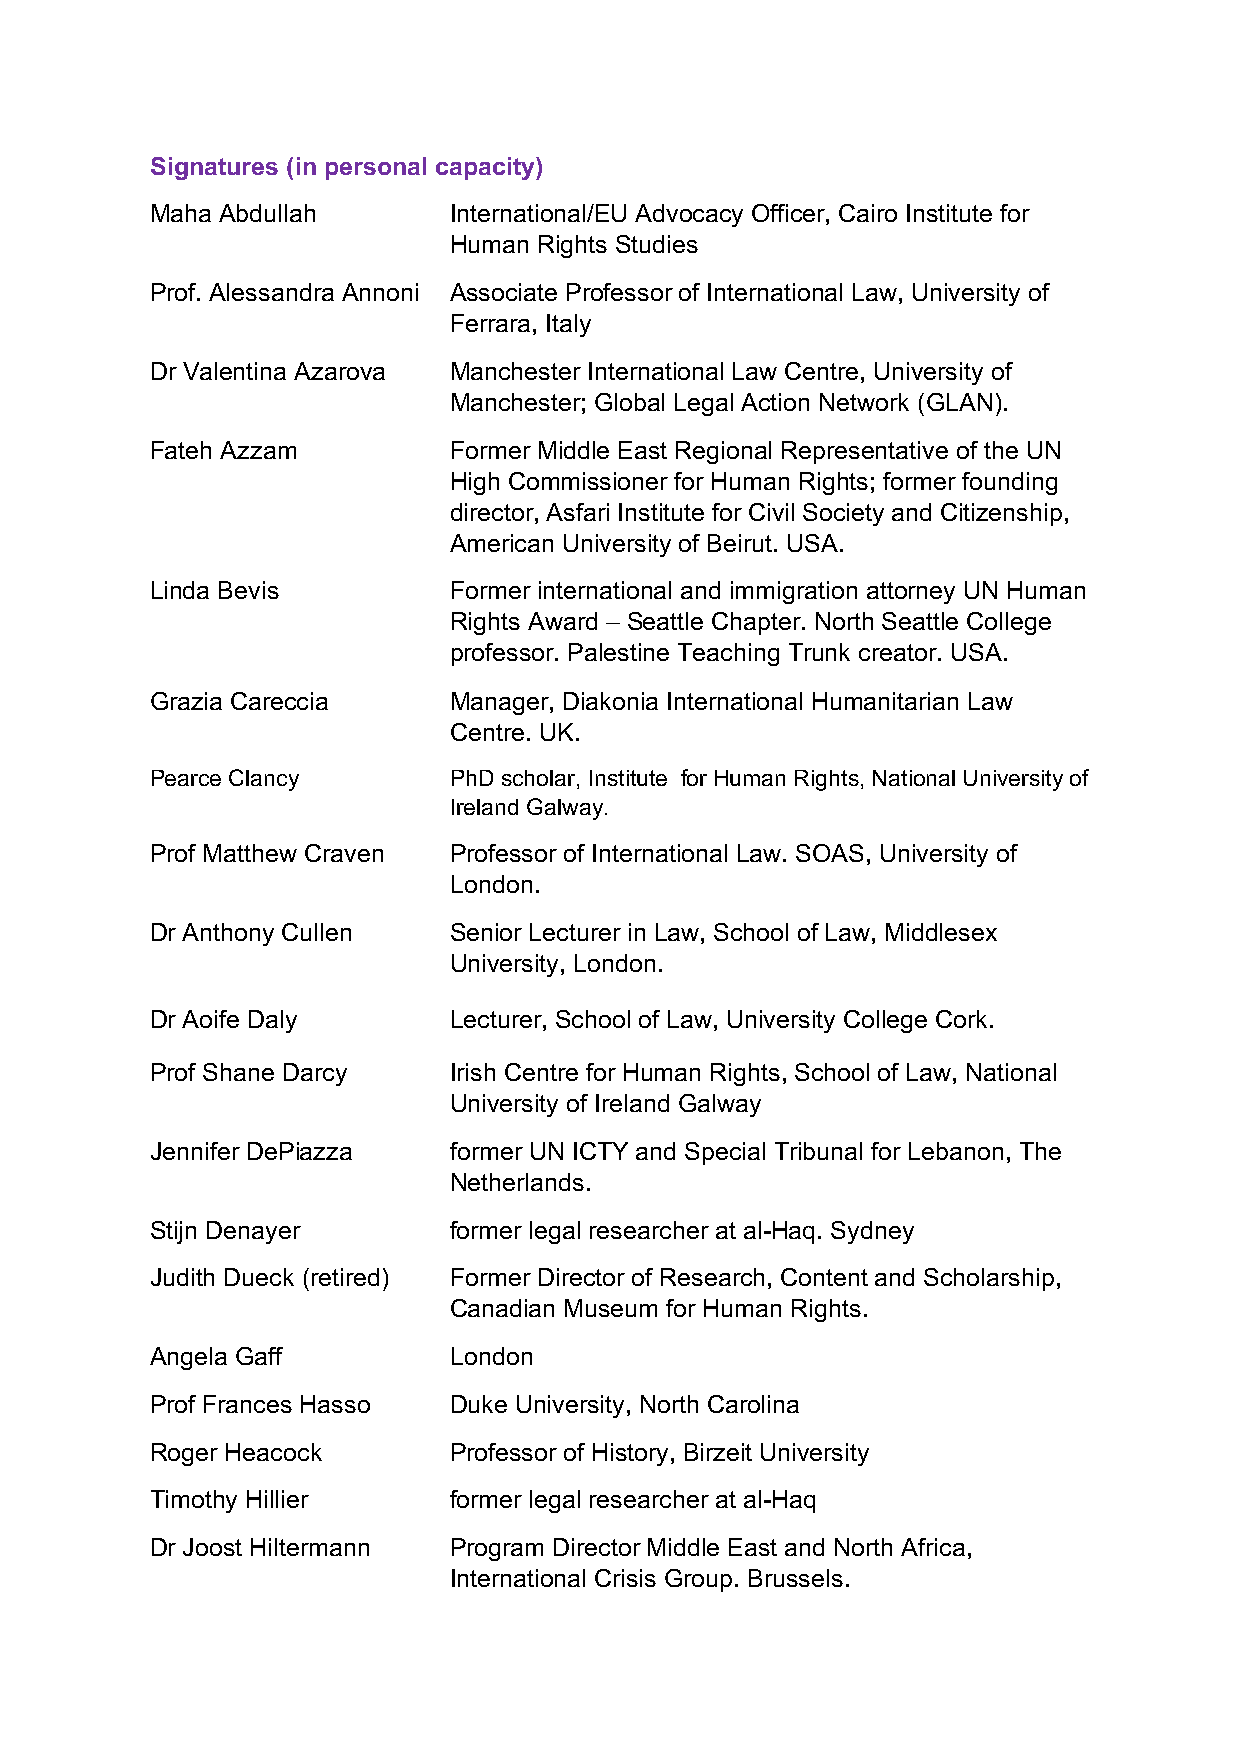
Signatures (in personal capacity)
 Maha Abdullah       International/EU Advocacy Officer, Cairo Institute for
 Human Rights Studies
 Prof. Alessandra Annoni Associate Professor of International Law, University of
 Ferrara, Italy
 Dr Valentina Azarova Manchester International Law Centre, University of
 Manchester; Global Legal Action Network (GLAN).
 Fateh Azzam         Former Middle East Regional Representative of the UN
 High Commissioner for Human Rights; former founding
 director, Asfari Institute for Civil Society and Citizenship,
 American University of Beirut. USA.
 Linda Bevis         Former international and immigration attorney UN Human
 Rights Award – Seattle Chapter. North Seattle College
 professor. Palestine Teaching Trunk creator. USA.
 Grazia Careccia     Manager, Diakonia International Humanitarian Law
 Centre. UK.
 Pearce Clancy       PhD scholar, Institute for Human Rights, National University of
 Ireland Galway.
 Prof Matthew Craven Professor of International Law. SOAS, University of
 London.
 Dr Anthony Cullen   Senior Lecturer in Law, School of Law, Middlesex
 University, London.
 Dr Aoife Daly       Lecturer, School of Law, University College Cork.
 Prof Shane Darcy    Irish Centre for Human Rights, School of Law, National
 University of Ireland Galway
 Jennifer DePiazza   former UN ICTY and Special Tribunal for Lebanon, The
 Netherlands.
 Stijn Denayer       former legal researcher at al-Haq. Sydney
 Judith Dueck (retired) Former Director of Research, Content and Scholarship,
 Canadian Museum for Human Rights.
 Angela Gaff         London
 Prof Frances Hasso  Duke University, North Carolina
 Roger Heacock       Professor of History, Birzeit University
 Timothy Hillier     former legal researcher at al-Haq
 Dr Joost Hiltermann Program Director Middle East and North Africa,
 International Crisis Group. Brussels.